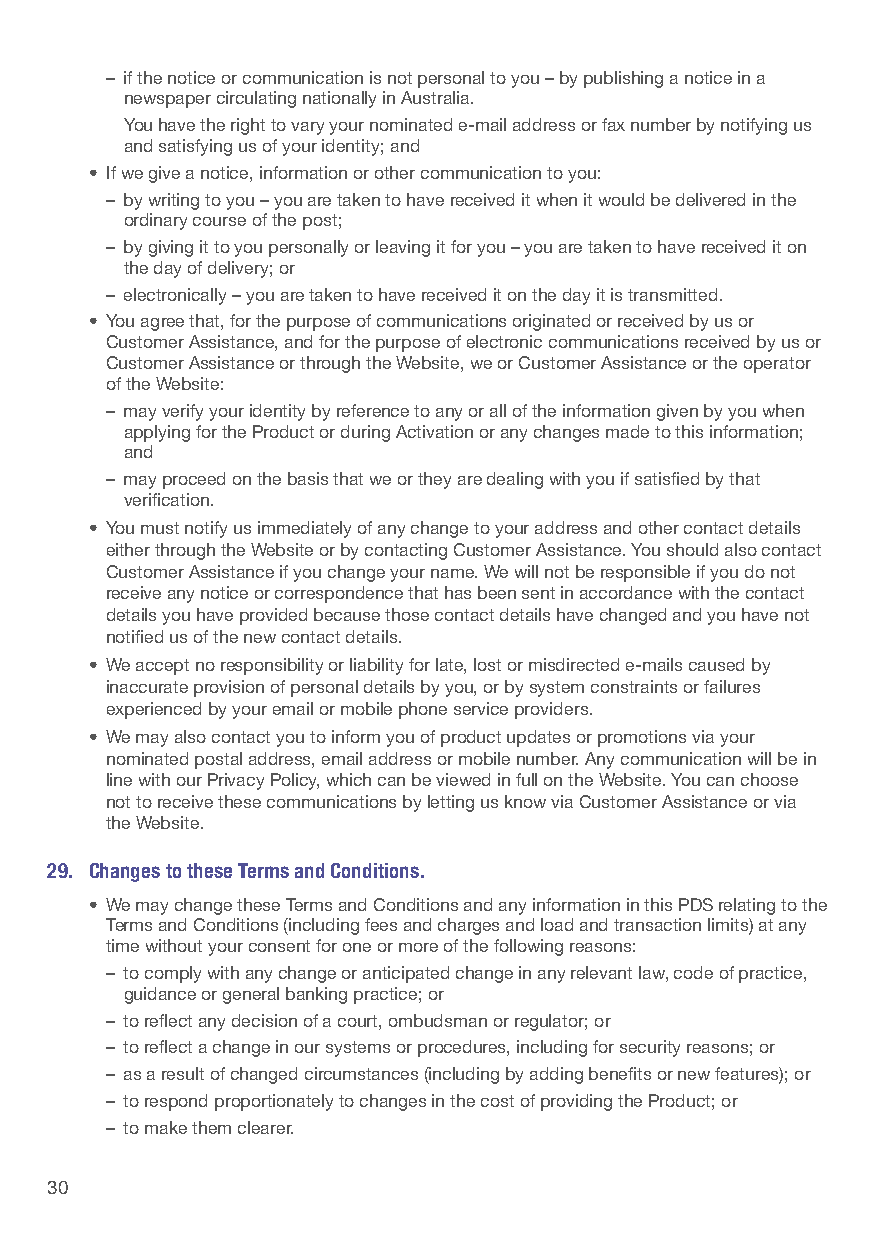
– if the notice or communication is not personal to you – by publishing a notice in a
 newspaper circulating nationally in Australia.
 You have the right to vary your nominated e-mail address or fax number by notifying us
 and satisfying us of your identity; and
 • If we give a notice, information or other communication to you:
 – by writing to you – you are taken to have received it when it would be delivered in the
 ordinary course of the post;
 – by giving it to you personally or leaving it for you – you are taken to have received it on
 the day of delivery; or
 – electronically – you are taken to have received it on the day it is transmitted.
 • You agree that, for the purpose of communications originated or received by us or
 Customer Assistance, and for the purpose of electronic communications received by us or
 Customer Assistance or through the Website, we or Customer Assistance or the operator
 of the Website:
 – may verify your identity by reference to any or all of the information given by you when
 applying for the Product or during Activation or any changes made to this information;
 and
 – may proceed on the basis that we or they are dealing with you if satisfied by that
 verification.
 • You must notify us immediately of any change to your address and other contact details
 either through the Website or by contacting Customer Assistance. You should also contact
 Customer Assistance if you change your name. We will not be responsible if you do not
 receive any notice or correspondence that has been sent in accordance with the contact
 details you have provided because those contact details have changed and you have not
 notified us of the new contact details.
 • We accept no responsibility or liability for late, lost or misdirected e-mails caused by
 inaccurate provision of personal details by you, or by system constraints or failures
 experienced by your email or mobile phone service providers.
 • We may also contact you to inform you of product updates or promotions via your
 nominated postal address, email address or mobile number. Any communication will be in
 line with our Privacy Policy, which can be viewed in full on the Website. You can choose
 not to receive these communications by letting us know via Customer Assistance or via
 the Website.
 29. Changes to these Terms and Conditions.
 • We may change these Terms and Conditions and any information in this PDS relating to the
 Terms and Conditions (including fees and charges and load and transaction limits) at any
 time without your consent for one or more of the following reasons:
 – to comply with any change or anticipated change in any relevant law, code of practice,
 guidance or general banking practice; or
 – to reflect any decision of a court, ombudsman or regulator; or
 – to reflect a change in our systems or procedures, including for security reasons; or
 – as a result of changed circumstances (including by adding benefits or new features); or
 – to respond proportionately to changes in the cost of providing the Product; or
 – to make them clearer.
 30                                                                                                          31